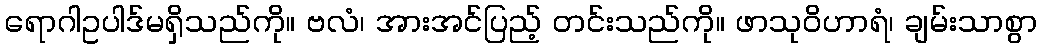
ရောဂါဥပါဒ်မရှိသည်ကို။ ဗလံ၊ အားအင်ပြည့် တင်းသည်ကို။ ဖာသုဝိဟာရံ၊ ချမ်းသာစွာ